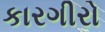
કારગીરો